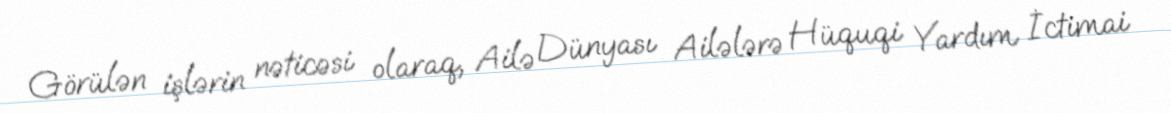
Görülən işlərin nəticəsi olaraq, Ailə Dünyası Ailələrə Hüquqi Yardım İctimai